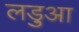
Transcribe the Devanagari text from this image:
लड़ुआ